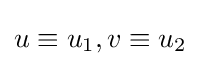
u\equiv u_{1},v\equiv u_{2}